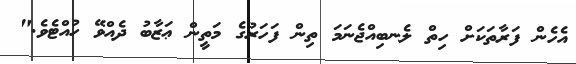
އެހެން ފަރާތަކަށް ހިތް ލެނބިއްޖެނަމަ ތިން ފަހަރުގެ މަތީން ޢަޒާބު ދެއްވޭ ހުއްޓެވެ."